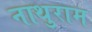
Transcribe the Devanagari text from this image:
नाथुराम